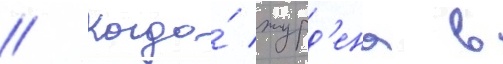
// Когда́ журд'ена в